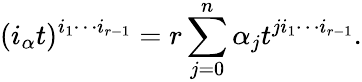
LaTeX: (i_{\alpha}t)^{i_{1}\cdots i_{r-1}}=r\sum_{j=0}^{n}\alpha_{j}t^{ji_{1}\cdots i_{r-1}}.